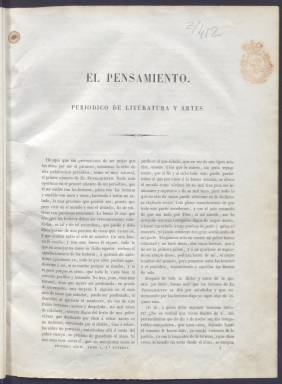
Título: El Pensamiento (Madrid. 1841)
Colección: Literatura || Cultura
Ámbito geográfico: Madrid
Lugar de publicación: Madrid
Fechas: 01/01/1841-31/12/1841

Revista que llevaba por subtítulo: Periódico de Literatura y Artes y cuyo título bien podría ser El Pensamiento de Espronceda porque se trata de una publicación en la que no solo participó el poeta romántico, sino que todos sus colaboradores se definían como amigos y admiradores de Espronceda.

   Nace y muere esta revista en 1841, cuando el general Espartero, progresista como el poeta, se había convertido hacía poco en el regente de España tras echar del trono y del país a la reina María Cristina. Espronceda murió al año siguiente al poco tiempo de ser elegido diputado por el Partido Progresista.

   La publicación, de 24 páginas en cada uno de los 12 números que se editaron, no indicaba fechas de salida, pero se sabe que inició su andadura en Madrid el 15 de mayo y que su última entrega corresponde al 15 de octubre. El dramaturgo romántico Juan Eugenio Hartzenbusch, que fue director de la Biblioteca Nacional, vio una nota manuscrita en un ejemplar con las citadas fechas.

   Espronceda escribió algún poema y fragmentos de El Diablo Mundo, pero la marcha de la revista la llevaban Miguel de los Santos Álvarez, Enrique Gil y Antonio Ros de Olano, que figuran como los autores de la mayoría de los artículos. Enrique Gil y Carrasco, que escribiría poco después la novela histórica El señor de Bembibre, publicó en El Pensamiento artículos sobre la filosofía de Juan Luis Vives y otro denunciando el estado de deterioro del monasterio de El Escorial.

Otros colaboradores de la revista fueron Luis González Bravo, que acabaría siendo tiempo después presidente del Gobierno, y el autor costumbrista Estébanez Calderón. Miguel de los Santos Álvarez, que era íntimo amigo de Espronceda y también de Zorrilla y que llegó a ser diplomático, es el autor con más colaboraciones, poemas buena parte de ellas.

   Para más información sobre esta revista puede leerse un ensayo de Salvador García titulado ‘El Pensamiento de 1841 y los amigos de Espronceda’ que está disponible en abierto en la Biblioteca Virtual Miguel de Cervantes.

[Descripción publicada el 11/09/2023]